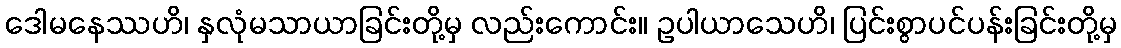
ဒေါမနေဿဟိ၊ နှလုံမသာယာခြင်းတို့မှ လည်းကောင်း။ ဥပါယာသေဟိ၊ ပြင်းစွာပင်ပန်းခြင်းတို့မှ